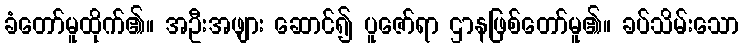
ခံတော်မူထိုက်၏။ အဦးအဖျား ဆောင်၍ ပူဇော်ရာ ဌာနဖြစ်တော်မူ၏။ ခပ်သိမ်းသော